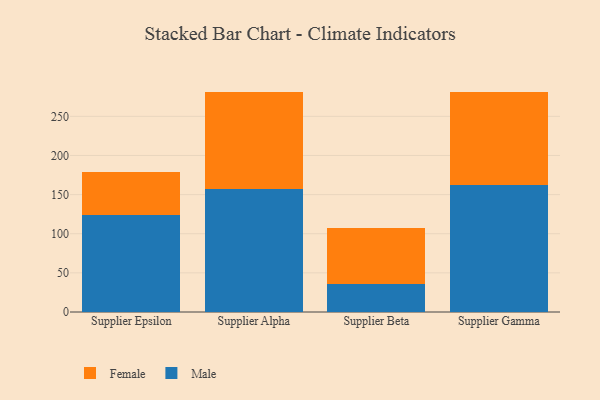
{"axis": {"x": "Supplier", "y": "Inventory Turnover"}, "legend": ["Female", "Male"], "data": [{"x": "Supplier Epsilon", "y": 124.0, "type": "Male"}, {"x": "Supplier Epsilon", "y": 54.4, "type": "Female"}, {"x": "Supplier Alpha", "y": 156.7, "type": "Male"}, {"x": "Supplier Alpha", "y": 124.9, "type": "Female"}, {"x": "Supplier Beta", "y": 36.0, "type": "Male"}, {"x": "Supplier Beta", "y": 71.1, "type": "Female"}, {"x": "Supplier Gamma", "y": 162.1, "type": "Male"}, {"x": "Supplier Gamma", "y": 118.4, "type": "Female"}]}